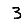
Digit: 3